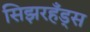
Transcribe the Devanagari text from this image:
सिझरहँड्स